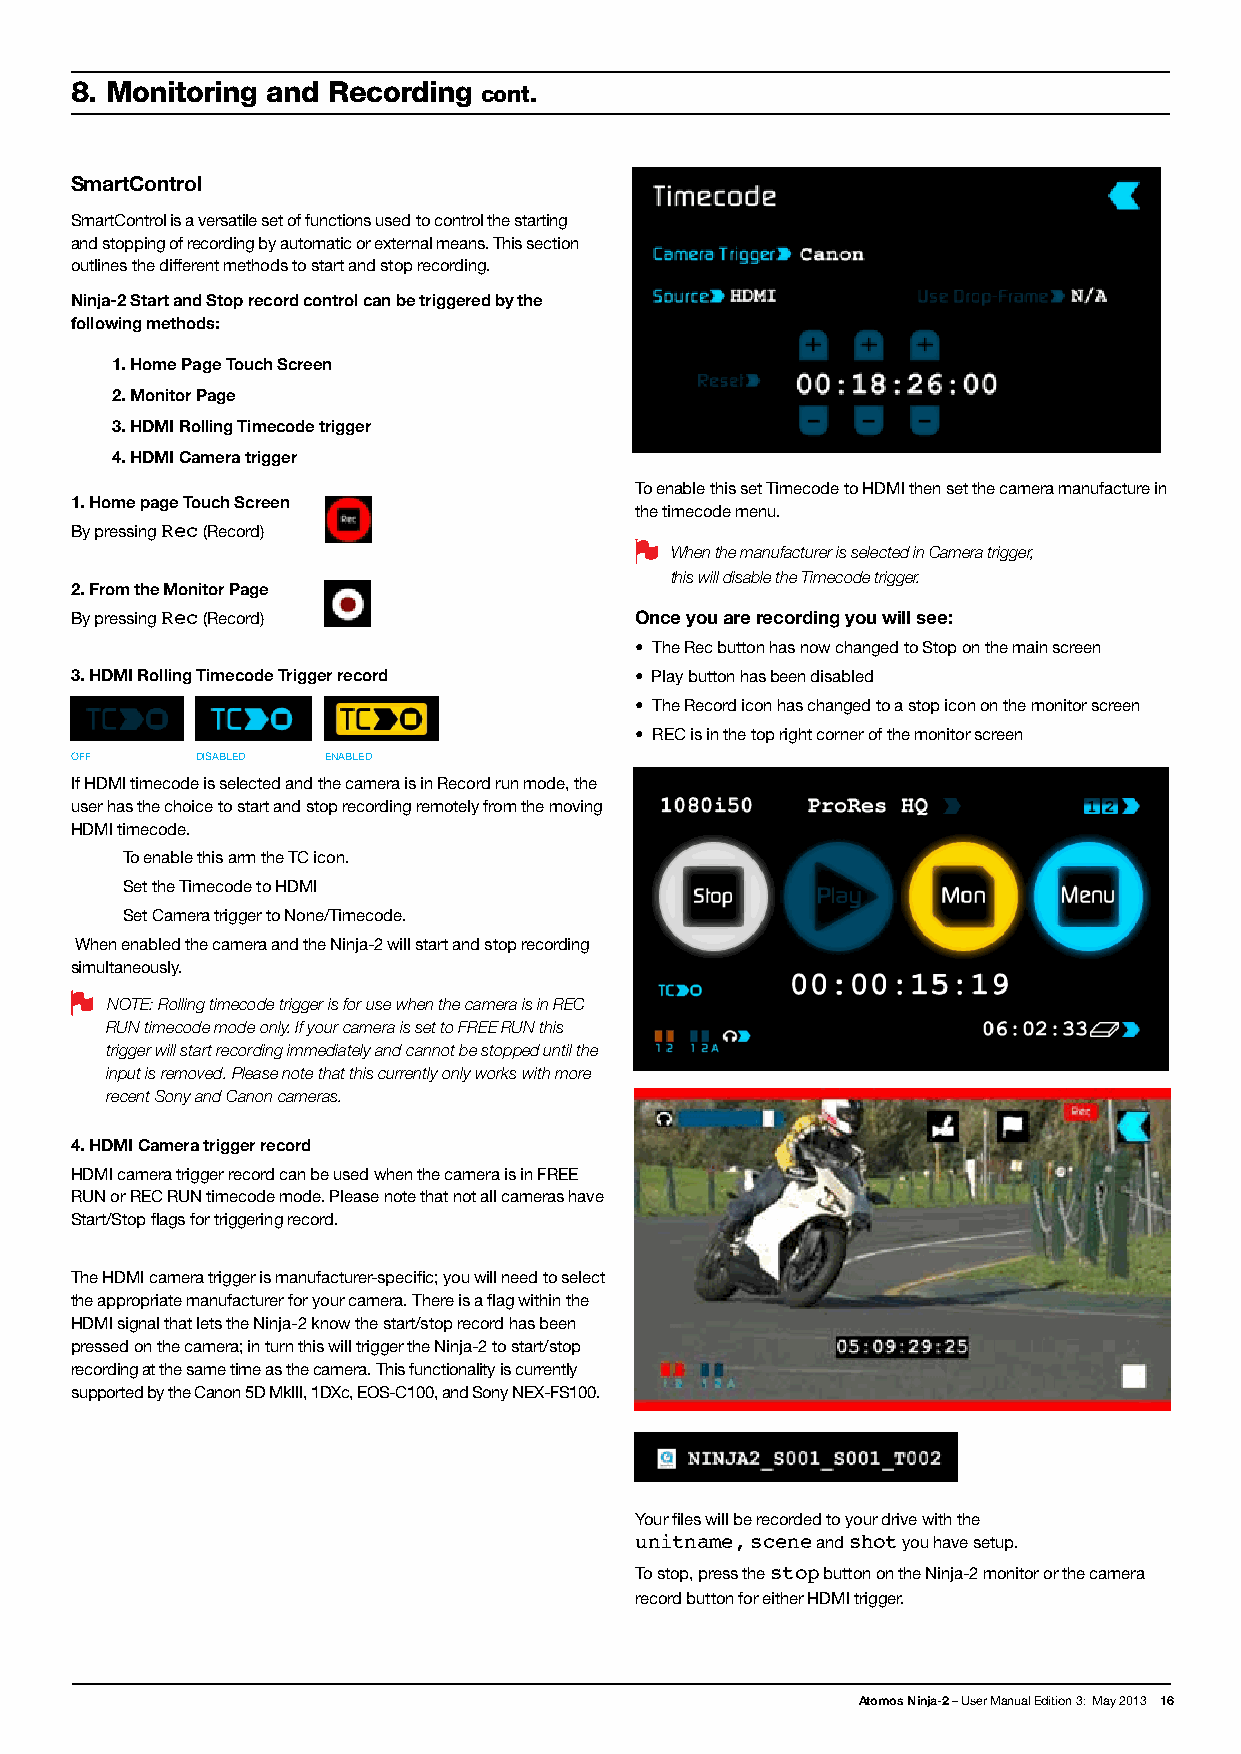
8. Monitoring and Recording cont.
 SmartControl
 SmartControl is a versatile set of functions used to control the starting
 and stopping of recording by automatic or external means. This section
 outlines the different methods to start and stop recording.
 Ninja-2 Start and Stop record control can be triggered by the
 following methods:
 1. Home Page Touch Screen
 2. Monitor Page
 3. HDMI Rolling Timecode trigger
 4. HDMI Camera trigger
 To enable this set Timecode to HDMI then set the camera manufacture in
 1. Home page Touch Screen
 the timecode menu.
 By pressing Rec (Record)
 When the manufacturer is selected in Camera trigger,
 this will disable the Timecode trigger.
 2. From the Monitor Page
 By pressing Rec (Record)             Once you are recording you will see:
 • The Rec button has now changed to Stop on the main screen
 3. HDMI Rolling Timecode Trigger record • Play button has been disabled
 • The Record icon has changed to a stop icon on the monitor screen
 • REC is in the top right corner of the monitor screen
 OFF     DISABLED ENABLED
 If HDMI timecode is selected and the camera is in Record run mode, the
 user has the choice to start and stop recording remotely from the moving
 HDMI timecode.
 To enable this arm the TC icon.
 Set the Timecode to HDMI
 Set Camera trigger to None/Timecode.
 When enabled the camera and the Ninja-2 will start and stop recording
 simultaneously.
 NOTE: Rolling timecode trigger is for use when the camera is in REC
 RUN timecode mode only. If your camera is set to FREE RUN this
 trigger will start recording immediately and cannot be stopped until the
 input is removed. Please note that this currently only works with more
 recent Sony and Canon cameras.
 4. HDMI Camera trigger record
 HDMI camera trigger record can be used when the camera is in FREE
 RUN or REC RUN timecode mode. Please note that not all cameras have
 Start/Stop flags for triggering record.
 The HDMI camera trigger is manufacturer-specific; you will need to select
 the appropriate manufacturer for your camera. There is a flag within the
 HDMI signal that lets the Ninja-2 know the start/stop record has been
 pressed on the camera; in turn this will trigger the Ninja-2 to start/stop
 recording at the same time as the camera. This functionality is currently
 supported by the Canon 5D MkIII, 1DXc, EOS-C100, and Sony NEX-FS100.
 Your files will be recorded to your drive with the
 unitname, scene and shot you have setup.
 To stop, press the stop button on the Ninja-2 monitor or the camera
 record button for either HDMI trigger.
 Atomos Ninja-2 – User Manual Edition 3: May 2013 16